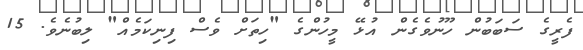
ފެރީގެ ސަބަބުން ހޫނުވެގެން އުޅޭ މީހުންގެ "ހިތަށް ވެސް ފިނިކަމެއް" ލިބުނެވެ. 15